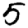
Digit: 5